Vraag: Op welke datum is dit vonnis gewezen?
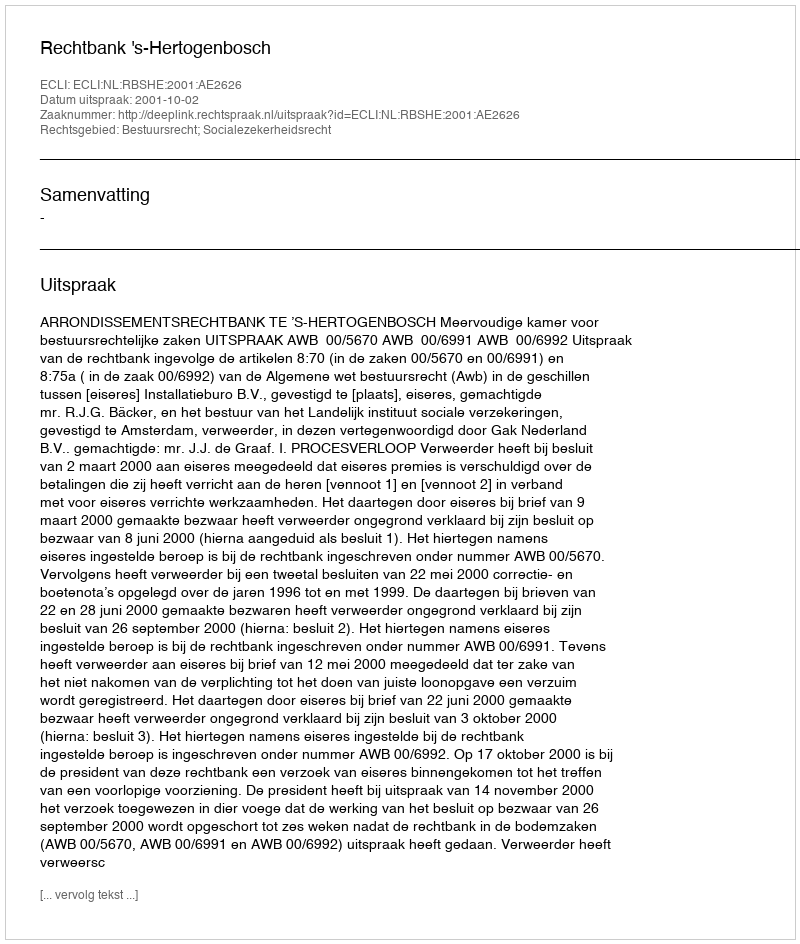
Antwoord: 2001-10-02